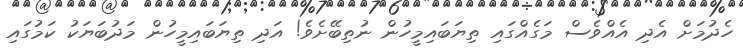
ހެދުމަށް އެދި އެއްވެސް މަގެއްގައި ތިޔަބައިމީހުން ނުތިބޭށެވެ! އަދި ތިޔަބައިމީހުން މަދުބަޔަކު ކަމުގައި